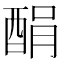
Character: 䣺